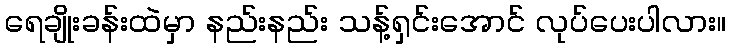
ရေချိုးခန်းထဲမှာ နည်းနည်း သန့်ရှင်းအောင် လုပ်ပေးပါလား။